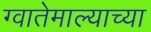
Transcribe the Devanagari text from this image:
ग्वातेमाल्याच्या